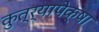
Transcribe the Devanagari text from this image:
कुत्र्यापेक्षा